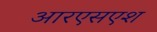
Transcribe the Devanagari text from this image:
आरएसएश